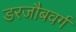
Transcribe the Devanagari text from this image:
डरजौबवर्ग